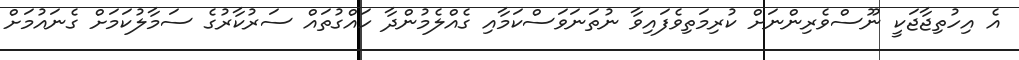
އެ އިހުތިޖާޖަކީ ނޫސްވެރިންނަށް ކުރިމަތިވެފައިވާ ނުތަނަވަސްކަމާއި ގެއްލެމުންދާ ހައްގުތައް ސަރުކާރުގެ ސަމާލުކަމަށް ގެނައުމަށް